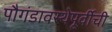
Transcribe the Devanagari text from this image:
पौगंडावस्थेपूर्वीची